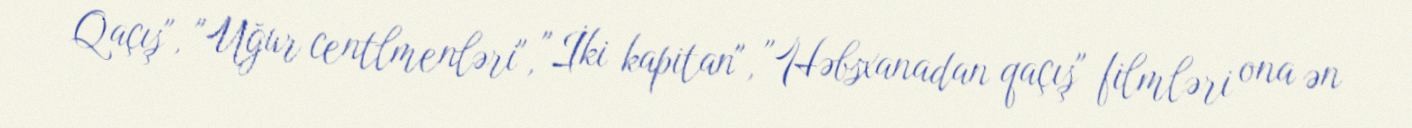
Qaçış", "Uğur centlmenləri", "İki kapitan", "Həbsxanadan qaçış" filmləri ona ən